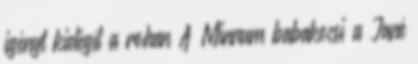
igényt kielégít a rohan A Minnum babakocsi a Jané